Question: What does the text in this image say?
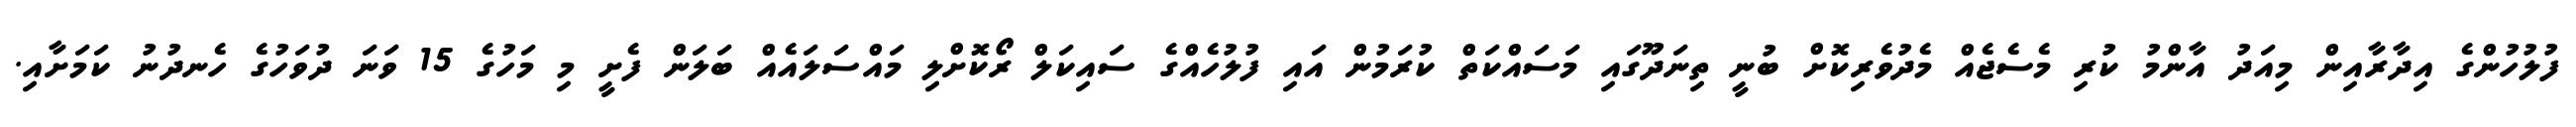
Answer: ފުލުހުންގެ އިދާރާއިން މިއަދު އާންމު ކުރި މެސެޖެއް މެދުވެރިކޮށް ބުނީ ތިނަދޫގައި މަސައްކަތް ކުރަމުން އައި ފުލުހެއްގެ ސައިކަލް ރޯކޮށްލި މައްސަލައެއް ބަލަން ފެށީ މި މަހުގެ 15 ވަނަ ދުވަހުގެ ހެނދުނު ކަމަށާއި.